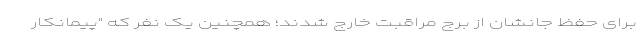
برای حفظ جانشان از برج مراقبت خارج شدند؛ همچنین یک نفر که "پیمانکار